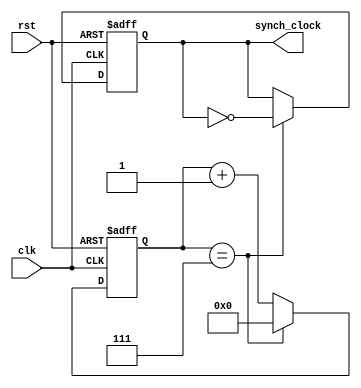
module frequency_synth (
    input wire clk,
    input wire rst,
    output reg synch_clock
);

reg [3:0] counter;

always @(posedge clk or posedge rst) begin
    if (rst) begin
        counter <= 0;
        synch_clock <= 0;
    end else begin
        if (counter == 4'd7) begin
            counter <= 0;
            synch_clock <= ~synch_clock;
        end else begin
            counter <= counter + 1;
        end
    end
end

endmodule